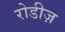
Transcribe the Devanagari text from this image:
रोडीज़